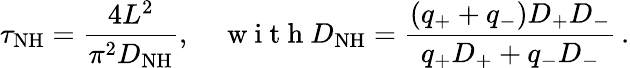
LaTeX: \tau_{\mathrm{NH}}=\frac{4L^{2}}{\pi^{2}D_{\mathrm{NH}}},\quad\mathrm{~w~i~t~h~}D_{\mathrm{NH}}=\frac{(q_{+}+q_{-})D_{+}D_{-}}{q_{+}D_{+}+q_{-}D_{-}}\, .